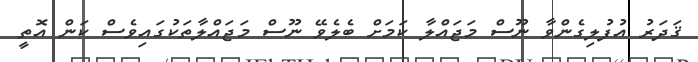
ޤަދަރު އުފުލިގެންވާ ނޫސް މަޖައްލާ ކަމަށް ބެލެވޭ ނޫސް މަޖައްލާތަކުގައިވެސް ކަން އޮތީ